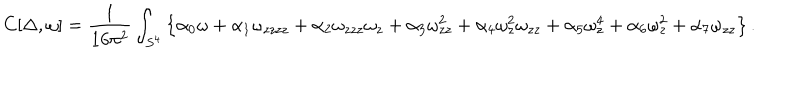
C [ \Delta , \omega ] = { \frac { 1 } { 1 6 \pi ^ { 2 } } } \int _ { S ^ { 4 } } \left\{ \alpha _ { 0 } \omega + \alpha _ { 1 } \omega _ { z z z z } + \alpha _ { 2 } \omega _ { z z z } \omega _ { z } + \alpha _ { 3 } \omega _ { z z } ^ { 2 } + \alpha _ { 4 } \omega _ { z } ^ { 2 } \omega _ { z z } + \alpha _ { 5 } \omega _ { z } ^ { 4 } + \alpha _ { 6 } \omega _ { z } ^ { 2 } + \alpha _ { 7 } \omega _ { z z } \right\} .